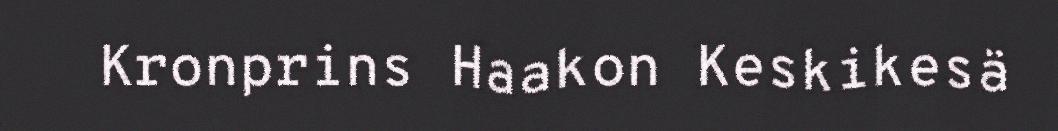
Kronprins Haakon Keskikesä